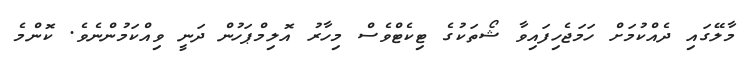
މާލޭގައި ދެއްކުމަށް ހަމަޖެހިފައިވާ ޝޯތަކުގެ ޓިކެޓްވެސް މިހާރު އޮލިމްޕަހުން ދަނީ ވިއްކަމުންނެވެ. ކޮންމެ